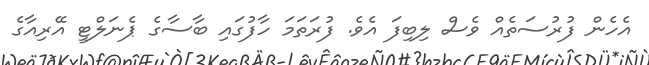
އެހެން ފުރުސަތެއް ވެސް ލިބިފަ އެވެ. ފުރަތަމަ ހާފުގައި ބާސާގެ ޕެނަލްޓީ އޭރިއާގެ